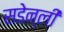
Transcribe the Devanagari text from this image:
सडेन्ली